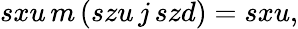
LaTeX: sxu\, m\, (szu\, j\, szd)=sxu,